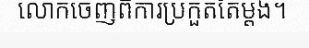
លោកចេញពីការប្រកួតតែម្តង។